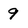
Character: 9